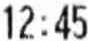
12:45